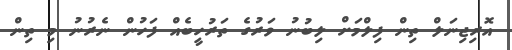
އޮރިޖިނަލް ތިން ފިލްމަށް ލިބުނު ވަރުގެ ތަރުހީބެއް ފަހުން ނެރުނު މި ތިން